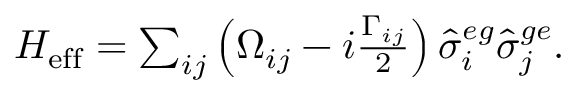
\begin{array} { r } { H _ { \mathrm { e f f } } = \sum _ { i j } \left( \Omega _ { i j } - i \frac { \Gamma _ { i j } } { 2 } \right) \hat { \sigma } _ { i } ^ { e g } \hat { \sigma } _ { j } ^ { g e } . } \end{array}